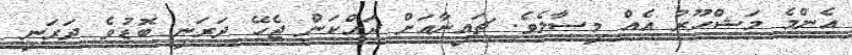
އެންމެ މަޝްހޫރު އެއް މިސާލެވެ. ޗައިނާއަށް ދައްކަން ޖެހޭ ދަރަނި ބޮޑުވެ ދަރަނި